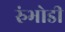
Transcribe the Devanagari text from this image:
रुंभोडी